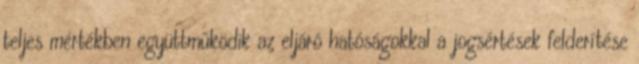
teljes mértékben együttműködik az eljáró hatóságokkal a jogsértések felderítése